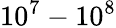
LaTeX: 10^{7}-10^{8}